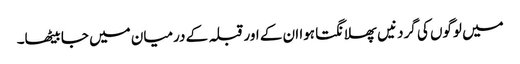
میں لوگوں کی گردنیں پھلانگتا ہوا ان کے اور قبلہ کے درمیان میں جا بیٹھا۔